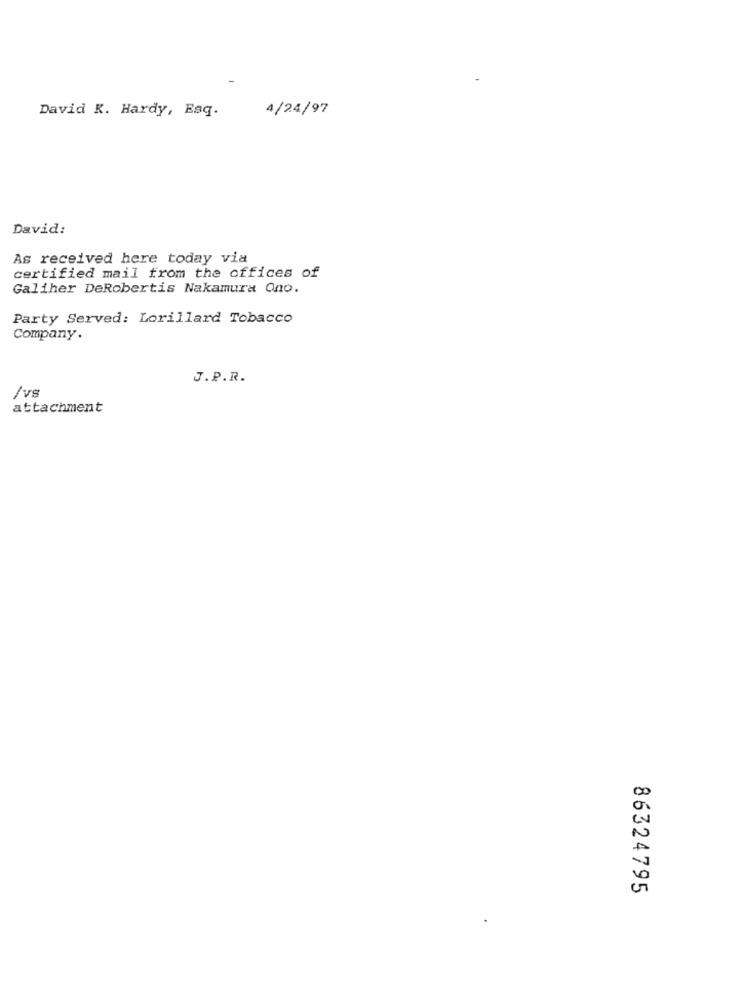
David K. Hardy, Esq.
4/24/97
David:
As received here today via
certified mail from the offices of
Galiher DeRobertis Nakamura Ono.
Party Served: Lorillard Tobacco
Company .
J.P.R.
/vs
attachment
86324795